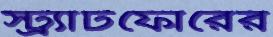
স্ট্র্যাটফোরের